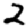
Digit: 2